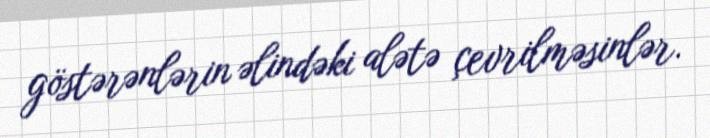
göstərənlərin əlindəki alətə çevrilməsinlər.